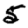
Digit: 5